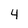
Character: 4